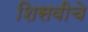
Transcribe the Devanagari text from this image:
शिसवीचे